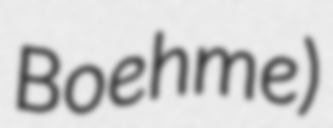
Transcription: Boehme)